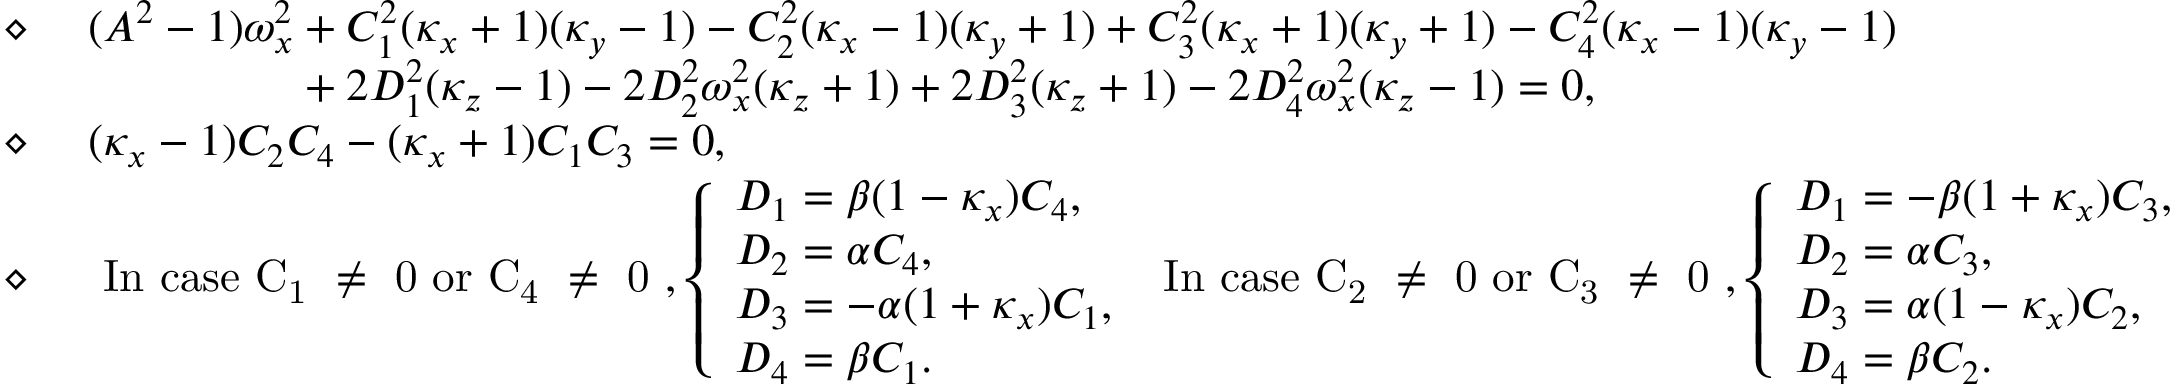
\begin{array} { r l } { \diamond \mathrm { ~ } } & { ( A ^ { 2 } - 1 ) \omega _ { x } ^ { 2 } + C _ { 1 } ^ { 2 } ( \kappa _ { x } + 1 ) ( \kappa _ { y } - 1 ) - C _ { 2 } ^ { 2 } ( \kappa _ { x } - 1 ) ( \kappa _ { y } + 1 ) + C _ { 3 } ^ { 2 } ( \kappa _ { x } + 1 ) ( \kappa _ { y } + 1 ) - C _ { 4 } ^ { 2 } ( \kappa _ { x } - 1 ) ( \kappa _ { y } - 1 ) } \\ & { \phantom { ( A ^ { 2 } - 1 ) \omega _ { x } ^ { 2 } } + 2 D _ { 1 } ^ { 2 } ( \kappa _ { z } - 1 ) - 2 D _ { 2 } ^ { 2 } \omega _ { x } ^ { 2 } ( \kappa _ { z } + 1 ) + 2 D _ { 3 } ^ { 2 } ( \kappa _ { z } + 1 ) - 2 D _ { 4 } ^ { 2 } \omega _ { x } ^ { 2 } ( \kappa _ { z } - 1 ) = 0 , } \\ { \diamond \mathrm { ~ } } & { ( \kappa _ { x } - 1 ) C _ { 2 } C _ { 4 } - ( \kappa _ { x } + 1 ) C _ { 1 } C _ { 3 } = 0 , } \\ { \diamond \mathrm { ~ } } & { \mathrm { ~ I n ~ c a s e ~ C _ 1 ~ \neq ~ 0 ~ o r ~ C _ 4 ~ \neq ~ 0 ~ } , \left\{ \begin{array} { l l } { D _ { 1 } = \beta ( 1 - \kappa _ { x } ) C _ { 4 } , } \\ { D _ { 2 } = \alpha C _ { 4 } , } \\ { D _ { 3 } = - \alpha ( 1 + \kappa _ { x } ) C _ { 1 } , } \\ { D _ { 4 } = \beta C _ { 1 } . } \end{array} \right. \mathrm { ~ I n ~ c a s e ~ C _ 2 ~ \neq ~ 0 ~ o r ~ C _ 3 ~ \neq ~ 0 ~ } , \left\{ \begin{array} { l l } { D _ { 1 } = - \beta ( 1 + \kappa _ { x } ) C _ { 3 } , } \\ { D _ { 2 } = \alpha C _ { 3 } , } \\ { D _ { 3 } = \alpha ( 1 - \kappa _ { x } ) C _ { 2 } , } \\ { D _ { 4 } = \beta C _ { 2 } . } \end{array} \right. } \end{array}